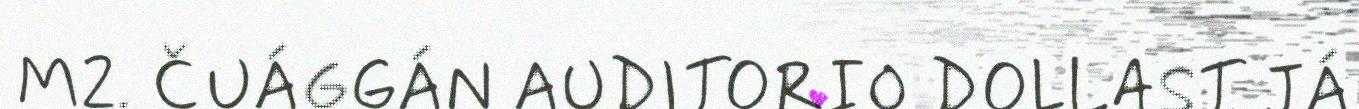
M2. ČUÁGGÁN AUDITORIO DOLLAST JÁ